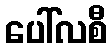
ပေါ်လစီ